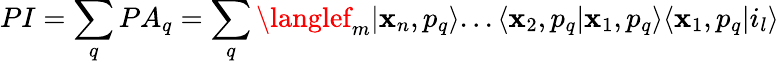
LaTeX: PI=\sum_{q}PA_{q}=\sum_{q}\langlef_{m}|\mathbf{x}_{n},p_{q}\rangle...\langle\mathbf{x}_{2},p_{q}|\mathbf{x}_{1},p_{q}\rangle\langle\mathbf{x}_{1},p_{q}|i_{l}\rangle